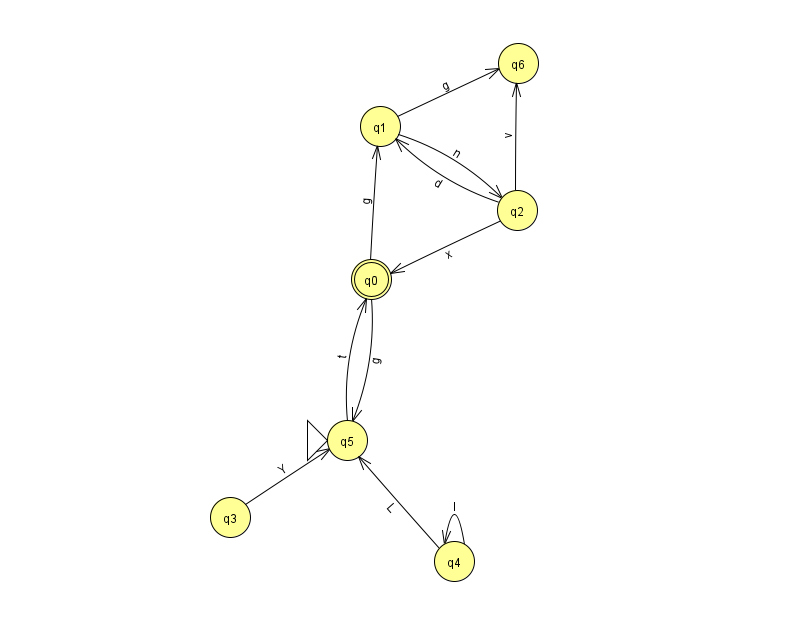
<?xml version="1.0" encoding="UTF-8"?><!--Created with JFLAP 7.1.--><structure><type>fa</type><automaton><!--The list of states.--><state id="0" name="q0"><x>371.0</x><y>266.0</y><final/></state><state id="1" name="q1"><x>380.0</x><y>113.0</y></state><state id="2" name="q2"><x>517.0</x><y>197.0</y></state><state id="3" name="q3"><x>230.0</x><y>504.0</y></state><state id="4" name="q4"><x>454.0</x><y>548.0</y></state><state id="5" name="q5"><x>347.0</x><y>427.0</y><initial/></state><state id="6" name="q6"><x>518.0</x><y>50.0</y></state><!--The list of transitions.--><transition><from>0</from><to>1</to><read>g</read></transition><transition><from>4</from><to>5</to><read>L</read></transition><transition><from>5</from><to>0</to><read>t</read></transition><transition><from>2</from><to>1</to><read>d</read></transition><transition><from>0</from><to>5</to><read>g</read></transition><transition><from>1</from><to>6</to><read>g</read></transition><transition><from>2</from><to>6</to><read>v</read></transition><transition><from>1</from><to>2</to><read>n</read></transition><transition><from>3</from><to>5</to><read>Y</read></transition><transition><from>4</from><to>4</to><read>l</read></transition><transition><from>2</from><to>0</to><read>x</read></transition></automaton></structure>